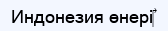
Индонезия өнері‎